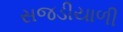
સજડીયાળી